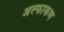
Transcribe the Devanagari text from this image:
अल्फाकण